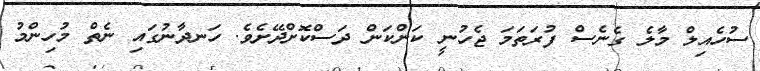
ސުހެއިލް މާލެ ގެނެސް ފުރަތަމަ ޖެހުނީ ކަންކަން ދަސްކޮށްދޭށެވެ. ހަނދާނުގައި ނެތް މުހިންމު